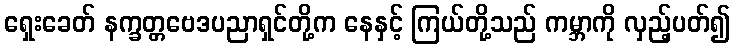
ရှေးခေတ် နက္ခတ္တဗေဒပညာရှင်တို့က နေနှင့် ကြယ်တို့သည် ကမ္ဘာကို လှည့်ပတ်၍